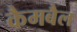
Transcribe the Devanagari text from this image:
कैमबैल